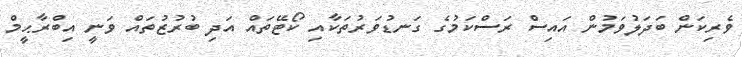
ވެރިކަން ބަދަލުވަމުން އައިސް ރަސްކަމުގެ ގަނޑުވަރުތަކާއި ކޯޓޭތައް އަދި ބުރުޒުތައް ވަނީ އިބްރާޙީމް